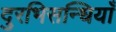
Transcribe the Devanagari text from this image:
दुरभिसन्धियाँ